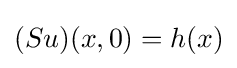
(Su)(x,0)=h(x)